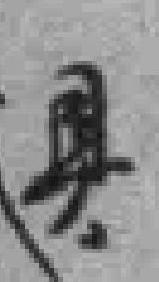
具